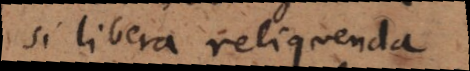
si libera reliquenda